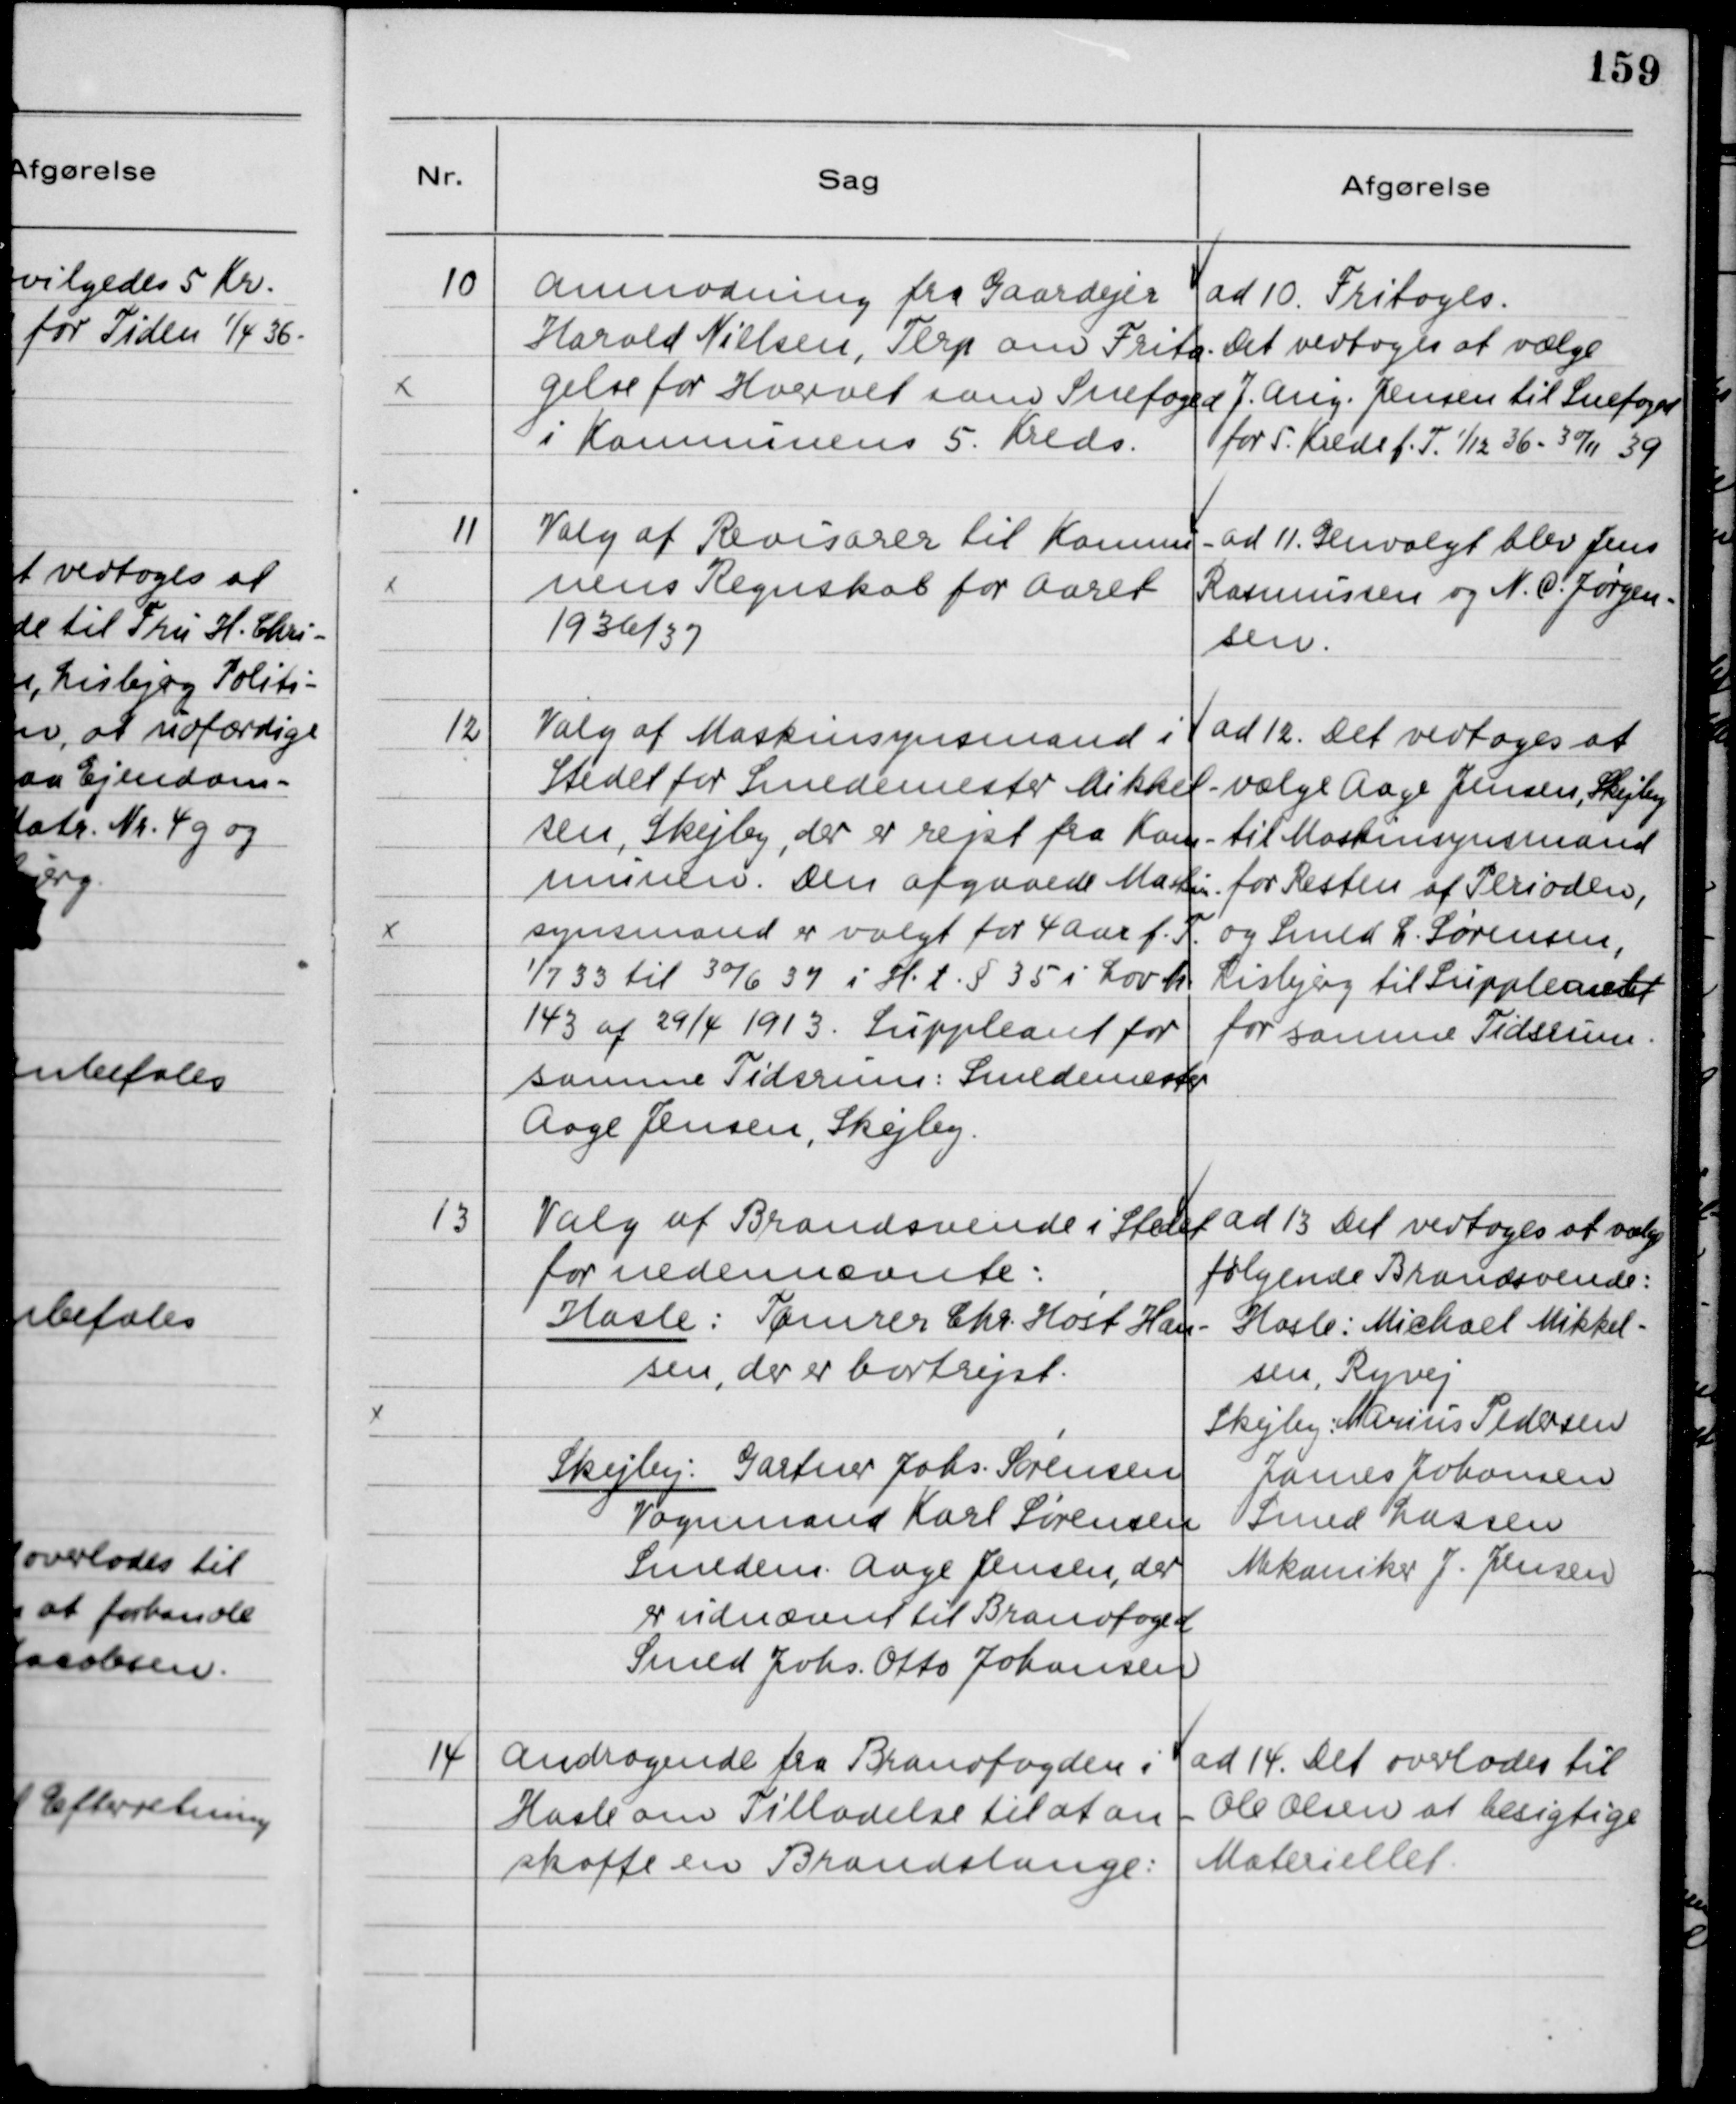
Transskription:
10
Anmodning fra Gaardejer
Harald Nielsen, Terp om Frita-
gelse for Hvervet som Snefoged
i Kommunens 5. Kreds.
ad 10 Fritoges.
det vedtoges at vælge
J. Aug. Jensen til Snefoged
for 5. Kreds f. T. 1/12 36 - 30/11 39
11
Valg af Revisorer til Kommu-
nens Regnskab for Aaret
1936/37
ad 11. Genvalgt blev Jens
Rasmussen og N.C. Jørgen-
sen.
12
Valg af Maskinsynsmand i
Stedet for Smedemester Mikkel-
sen, Skejby, der er rejst fra Kom-
munen. Den afgaaede Maskin-
synsmand er valgt for 4 Aar f.T.
1/7 33 til 30/6 37 i H.t. § 35 i Lov Nr
143 af 29/4 1913. Suppleant for
samme Tidsrum: Smedemester
Aage Jensen, Skejby
ad 12. Det vedtoges at
vælge Aage Jensen, Skejby
til Maskinsynsmand
for Resten af Perioden,
og Smed L. Sørensen,
Lisbjerg til Suppleant
for samme Tidsrum.
13
Valg af Brandsvende i Stedet
for nedennævnte:
Hasle: Tømrer Chr. Høst Han-
sen, der er bortrejst.
Skejby: Gartner Johs. Sørensen
Vognmand Karl Sørensen
Smedem. Aage Jensen, der
er udnævnt til Brandfoged
Smed Johs. Otto Johansen
ad 13 Det vedtoges at vælge
følgende Brandsvende:
Hasle: Michael Mikkel-
sen, Ryvej
Skejby: Marius Pedersen
James Johansen
Smed Lassen
Mekaniker J. Jensen
14
Andragende fra Brandfogeden i
Hasle om Tilladelse til at an-
skaffe en Brandslange:
ad 14 Det overlades til
Ole Olsen at besigtige
Materiellet.